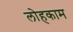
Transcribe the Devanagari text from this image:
लोहकाम